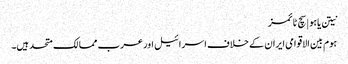
نیتن یاہو | سچ ٹائمز
ہوم بین الاقوامی ایران کے خلاف اسرائیل اور عرب ممالک متحد ہیں۔